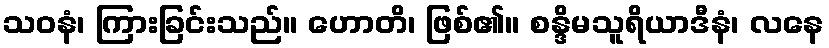
သဝနံ၊ ကြားခြင်းသည်။ ဟောတိ၊ ဖြစ်၏။ စန္ဒိမသူရိယာဒီနံ၊ လနေ